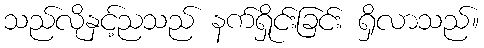
သည်လိုနှင့်ညသည် နက်ရှိုင်းခြင်း ရှိလာသည်။